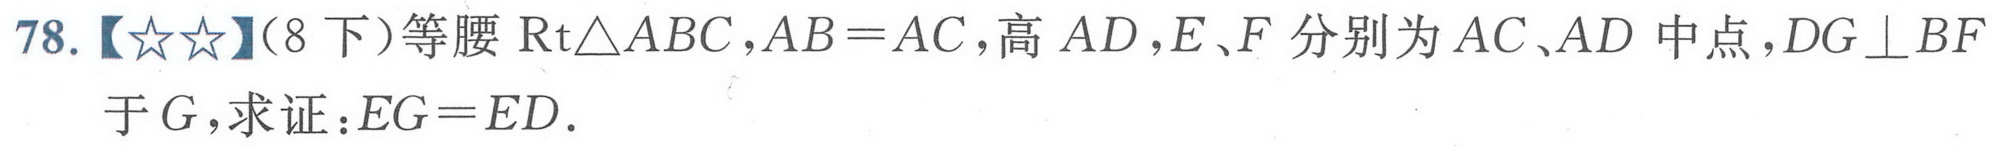
78.【\(★★\)】(8下)等腰\(\mathrm{Rt}\triangle ABC\)，\(AB = AC\)，高\(AD\)，\(E、F\)分别为\(AC、AD\)中点，\(DG\perp BF\)于\(G\)，求证：\(EG = ED\).